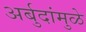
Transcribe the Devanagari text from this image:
अर्बुदांमुळे